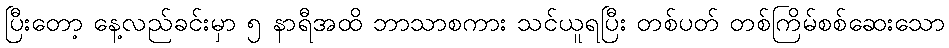
ပြီးတော့ နေ့လည်ခင်းမှာ ၅ နာရီအထိ ဘာသာစကား သင်ယူရပြီး တစ်ပတ် တစ်ကြိမ်စစ်ဆေးသော